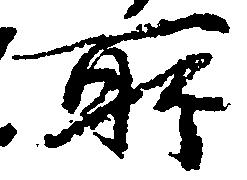
所